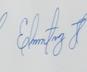
Signature authenticity: genuine